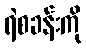
ရဲစခန်းကို